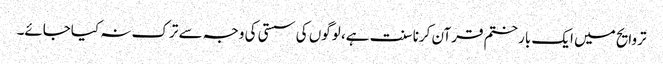
تروایح میں ایک بار ختم قرآن کرنا سنت ہے، لوگوں کی سستی کی وجہ سے ترک نہ کیاجائے۔